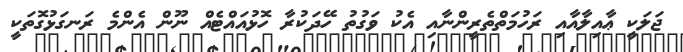
ޖަލަކީ ޢާއިލާއާއި ރަހުމަތްތެރީންނާއި އެކު ވަގުތު ހޭދަކުރާ ހޮޅުއައްޓެއް ނޫން އެންމެ ރަނގަޅުގޮތަކީ